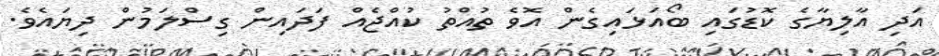
އަދި އާލިޔާގެ ކޮޑުގައި ބޯއަޅައިގެން އޮވެ ތުއްތު ކުއްޖެއް ފަދައިން ގިސްލަމުން ދިޔައެވެ.